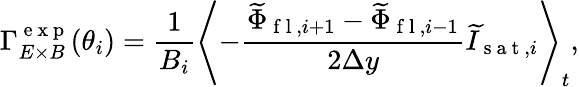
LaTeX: {\Gamma}_{E\times B}^{\mathrm{~e~x~p~}}(\theta_{i})=\frac{1}{B_{i}}\left<-\frac{\widetilde{\Phi}_{\mathrm{~f~l~},i+1}-\widetilde{\Phi}_{\mathrm{~f~l~},i-1}}{2\Delta y}\widetilde{I}_{\mathrm{~s~a~t~},i}\right>_{t},